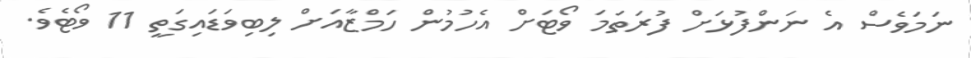
ނަމަވެސް އެ ނަންފުޅަށް ފުރަތަމަ ވޯޓަށް އެހުމުން ހަމްޒާއަށް ލިބިވަޑައިގަތީ 11 ވޯޓެވެ.